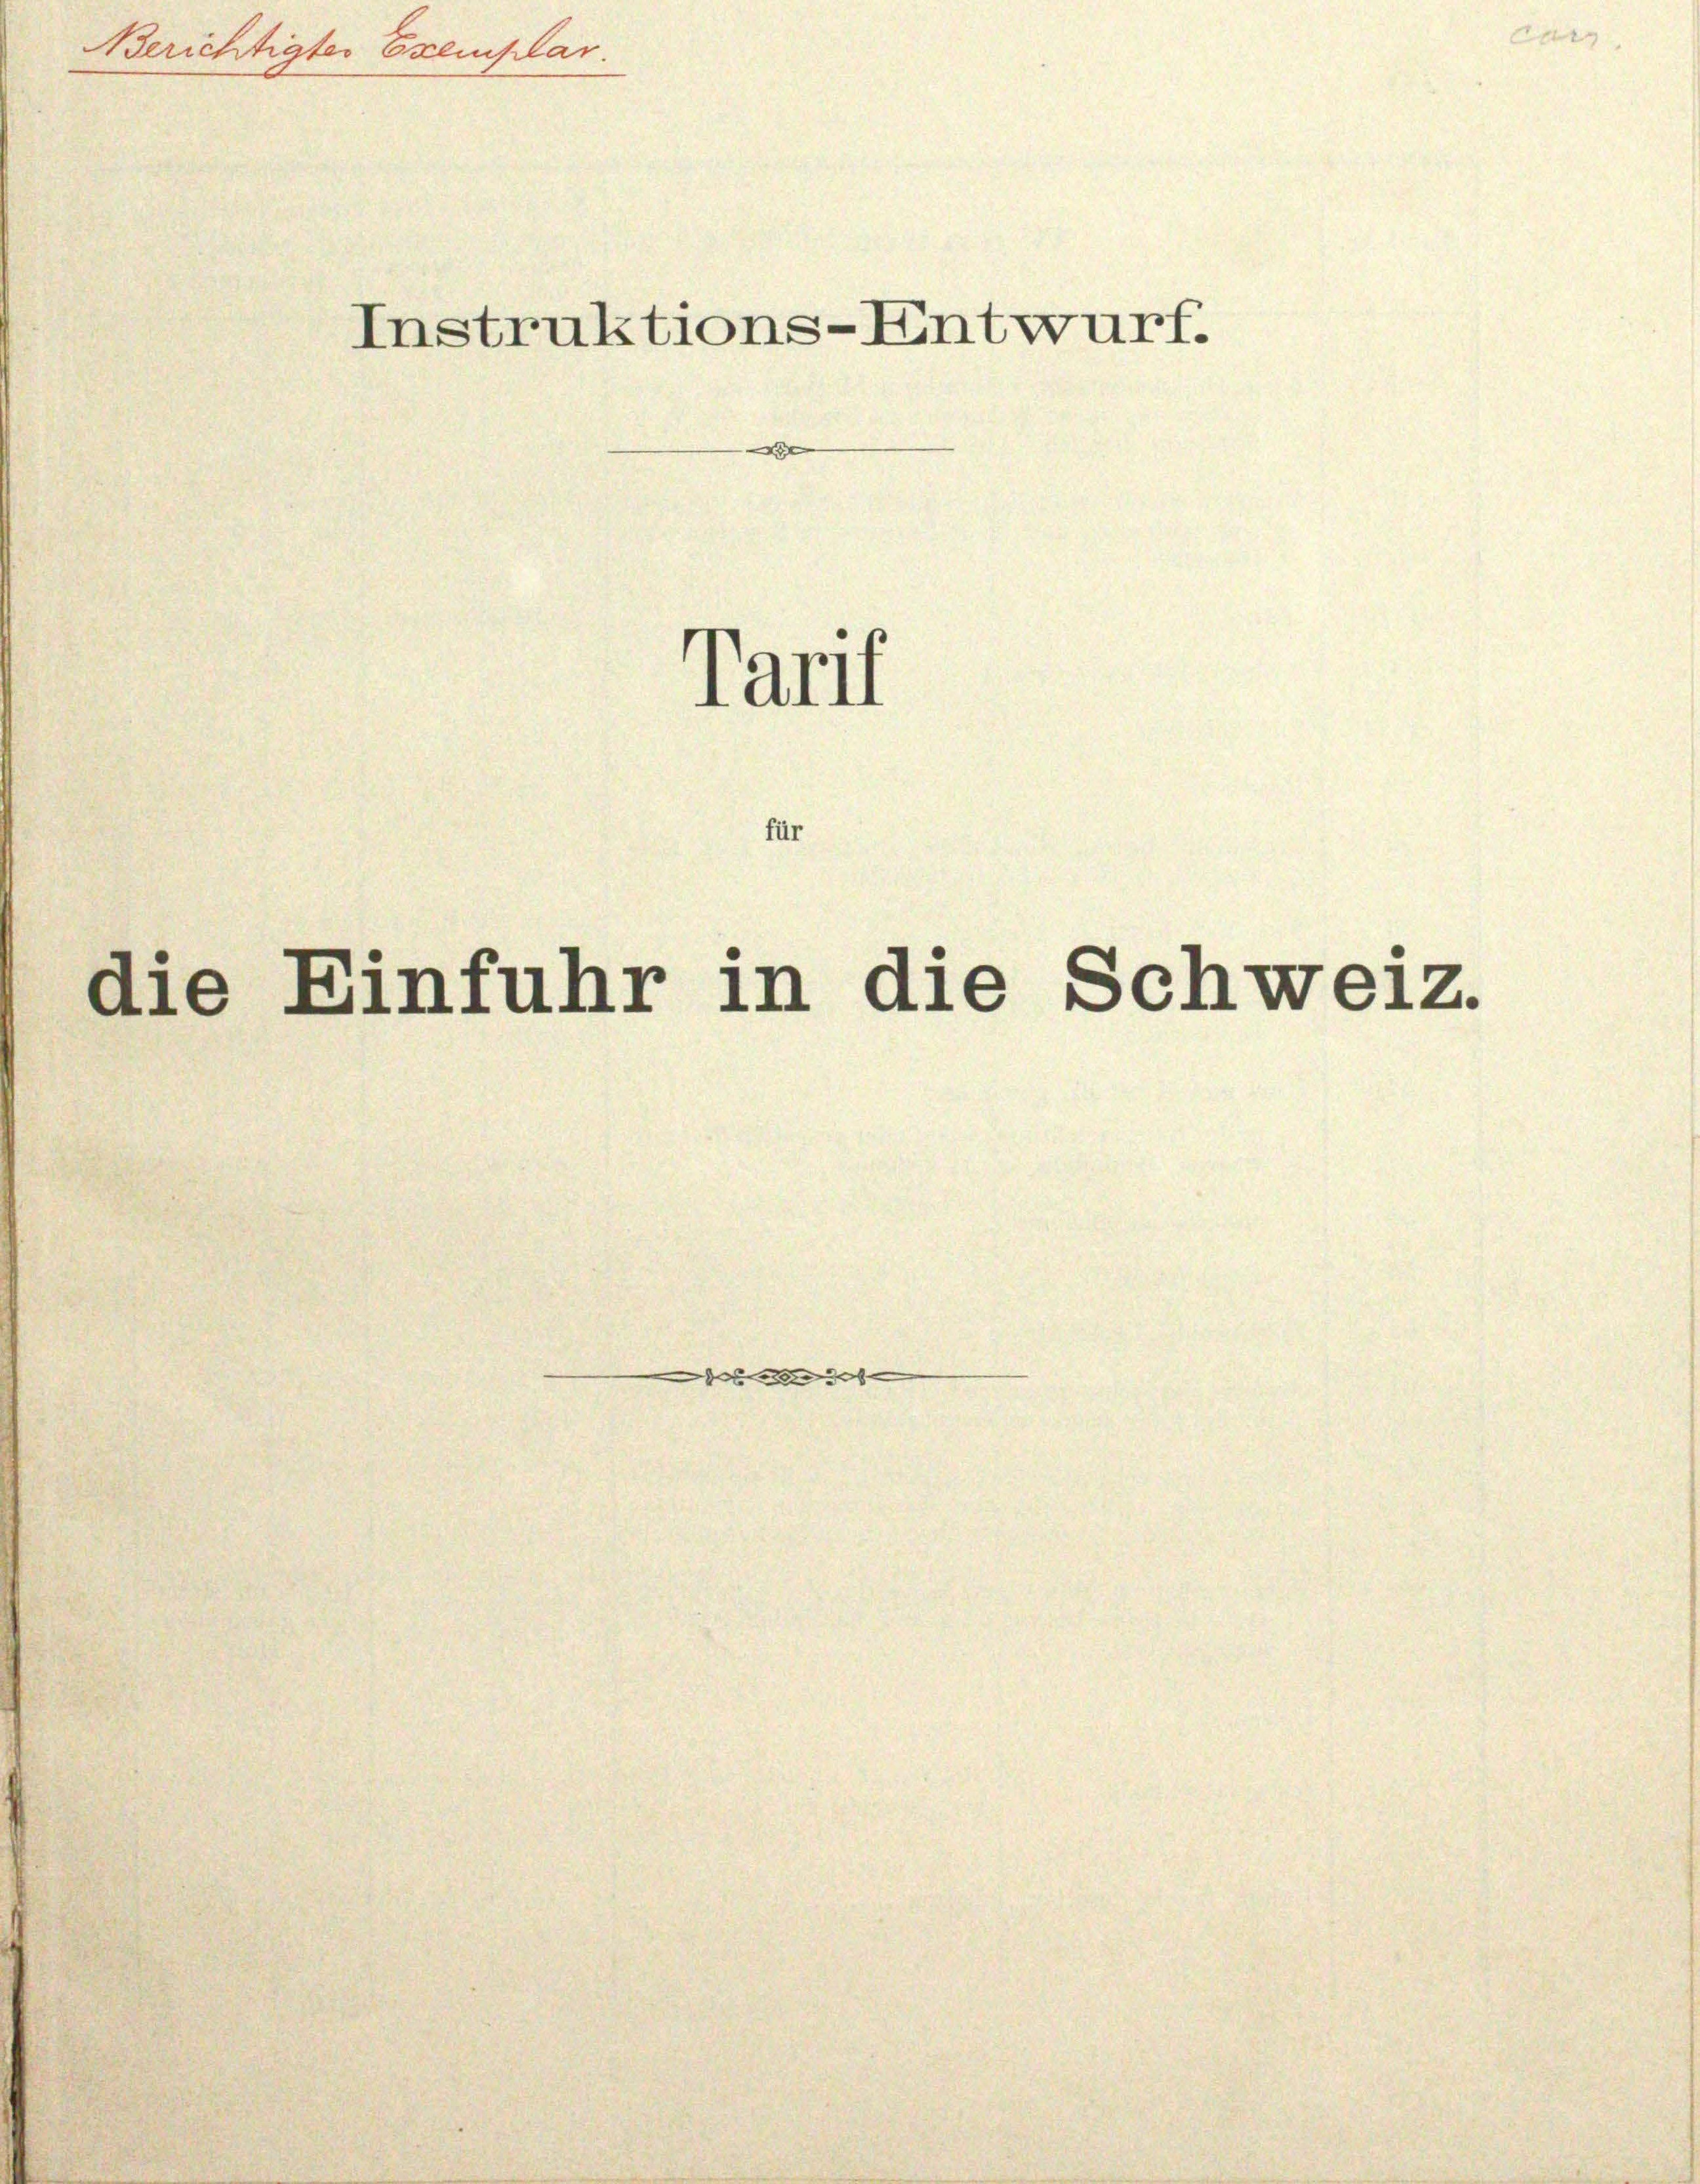
Berichtigtes Exemplar

Instruktions-Entwurf.
PTarif
für
die Einfuhr in die Schweiz.

x

car